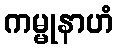
ကမ္မုနာဟံ